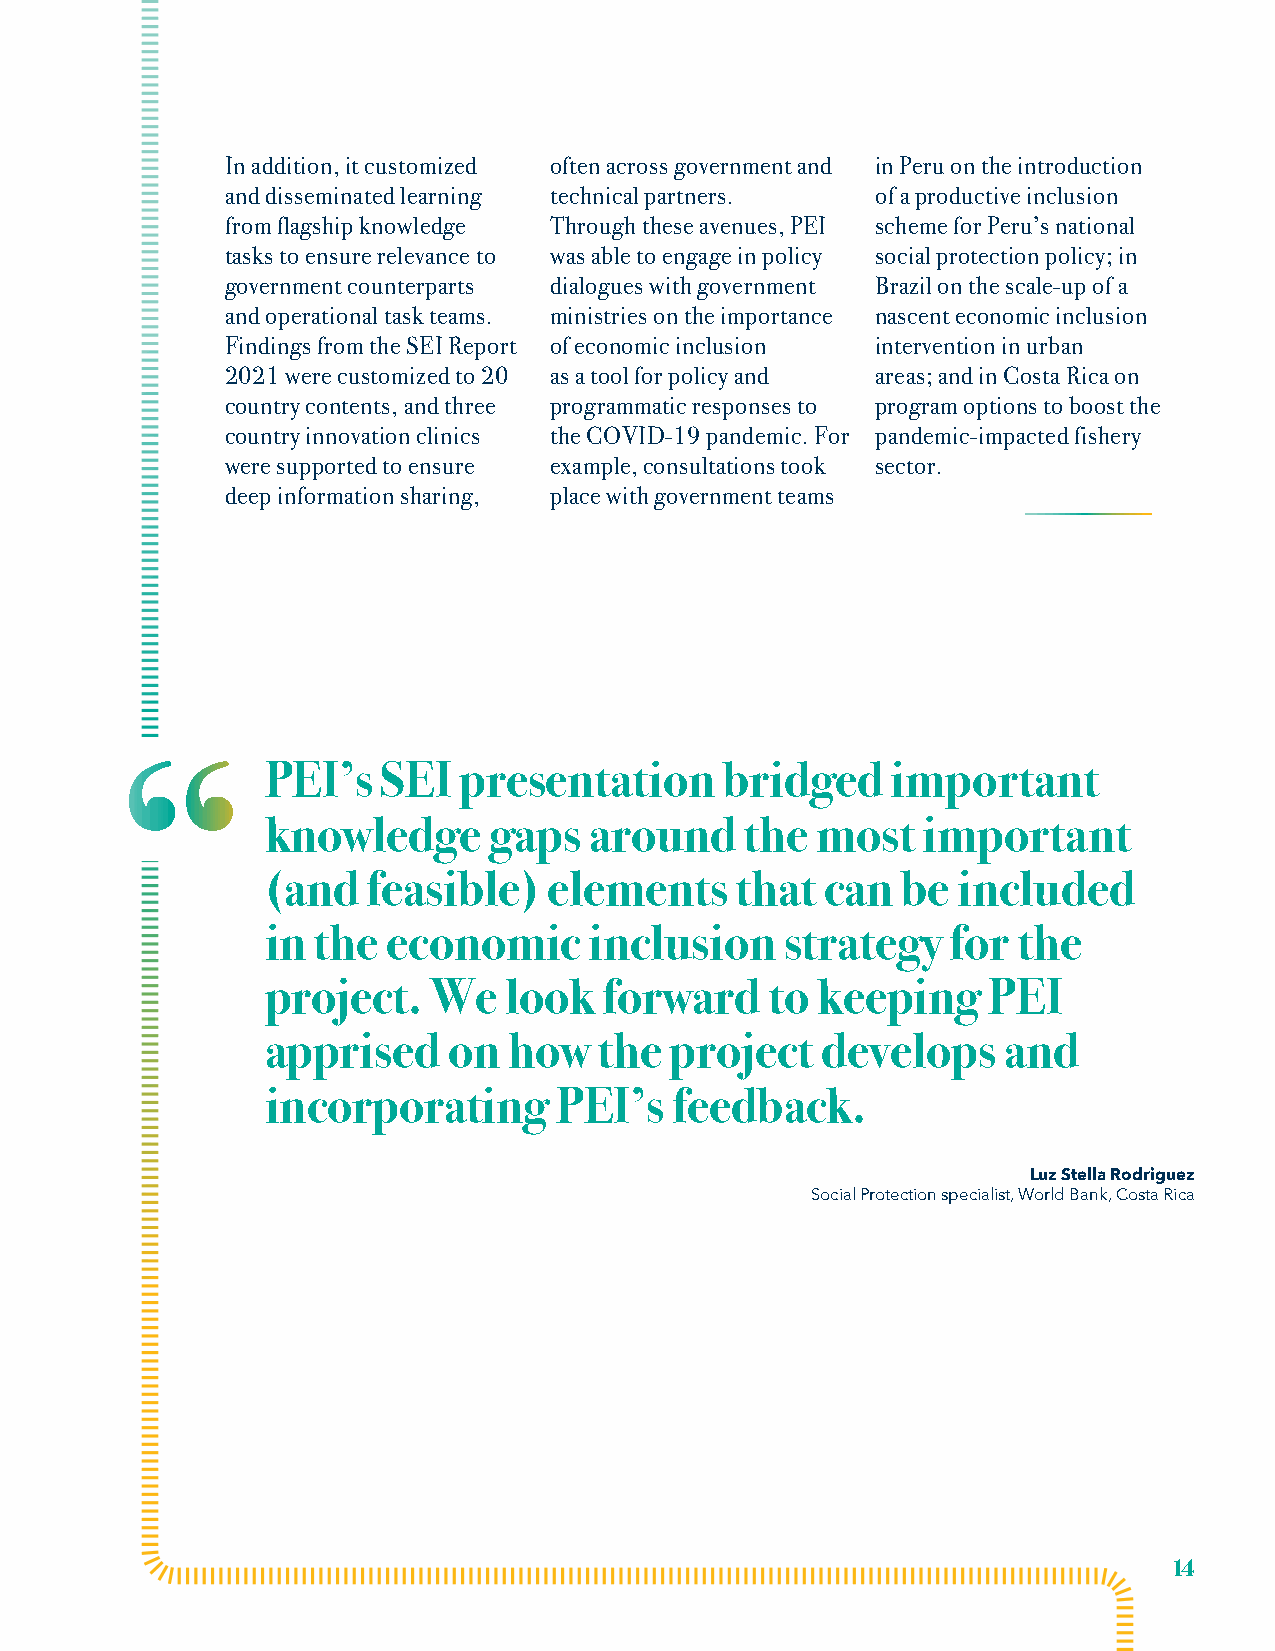
In addition, it customized often across government and in Peru on the introduction
 and disseminated learning technical partners. of a productive inclusion
 from flagship knowledge Through these avenues, PEI scheme for Peru’s national
 tasks to ensure relevance to was able to engage in policy social protection policy; in
 government counterparts dialogues with government Brazil on the scale-up of a
 and operational task teams. ministries on the importance nascent economic inclusion
 Findings from the SEI Report of economic inclusion intervention in urban
 2021 were customized to 20 as a tool for policy and areas; and in Costa Rica on
 country contents, and three programmatic responses to program options to boost the
 country innovation clinics the COVID-19 pandemic. For pandemic-impacted fishery
 were supported to ensure example, consultations took sector.
 deep information sharing, place with government teams
 “
 PEI’s  SEI  presentation      bridged    important
 knowledge     gaps   around    the  most   important
 (and  feasible)   elements     that  can  be included
 in the  economic     inclusion    strategy   for the
 project.  We   look   forward    to keeping    PEI
 apprised    on  how   the project   develops    and
 incorporating      PEI’s   feedback.
 Luz Stella Rodriguez
 Social Protection specialist, World Bank, Costa Rica
 14